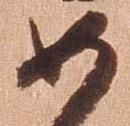
如